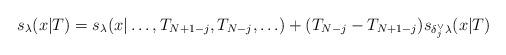
LaTeX: \begin{align*}s_{\lambda }(x|T)=s_{\lambda }(x|\ldots ,T_{N+1-j},T_{N-j},\ldots)+(T_{N-j}-T_{N+1-j})s_{\delta _{j}^{\vee }\lambda }(x|T)\end{align*}